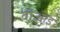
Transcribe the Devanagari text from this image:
वीआइ